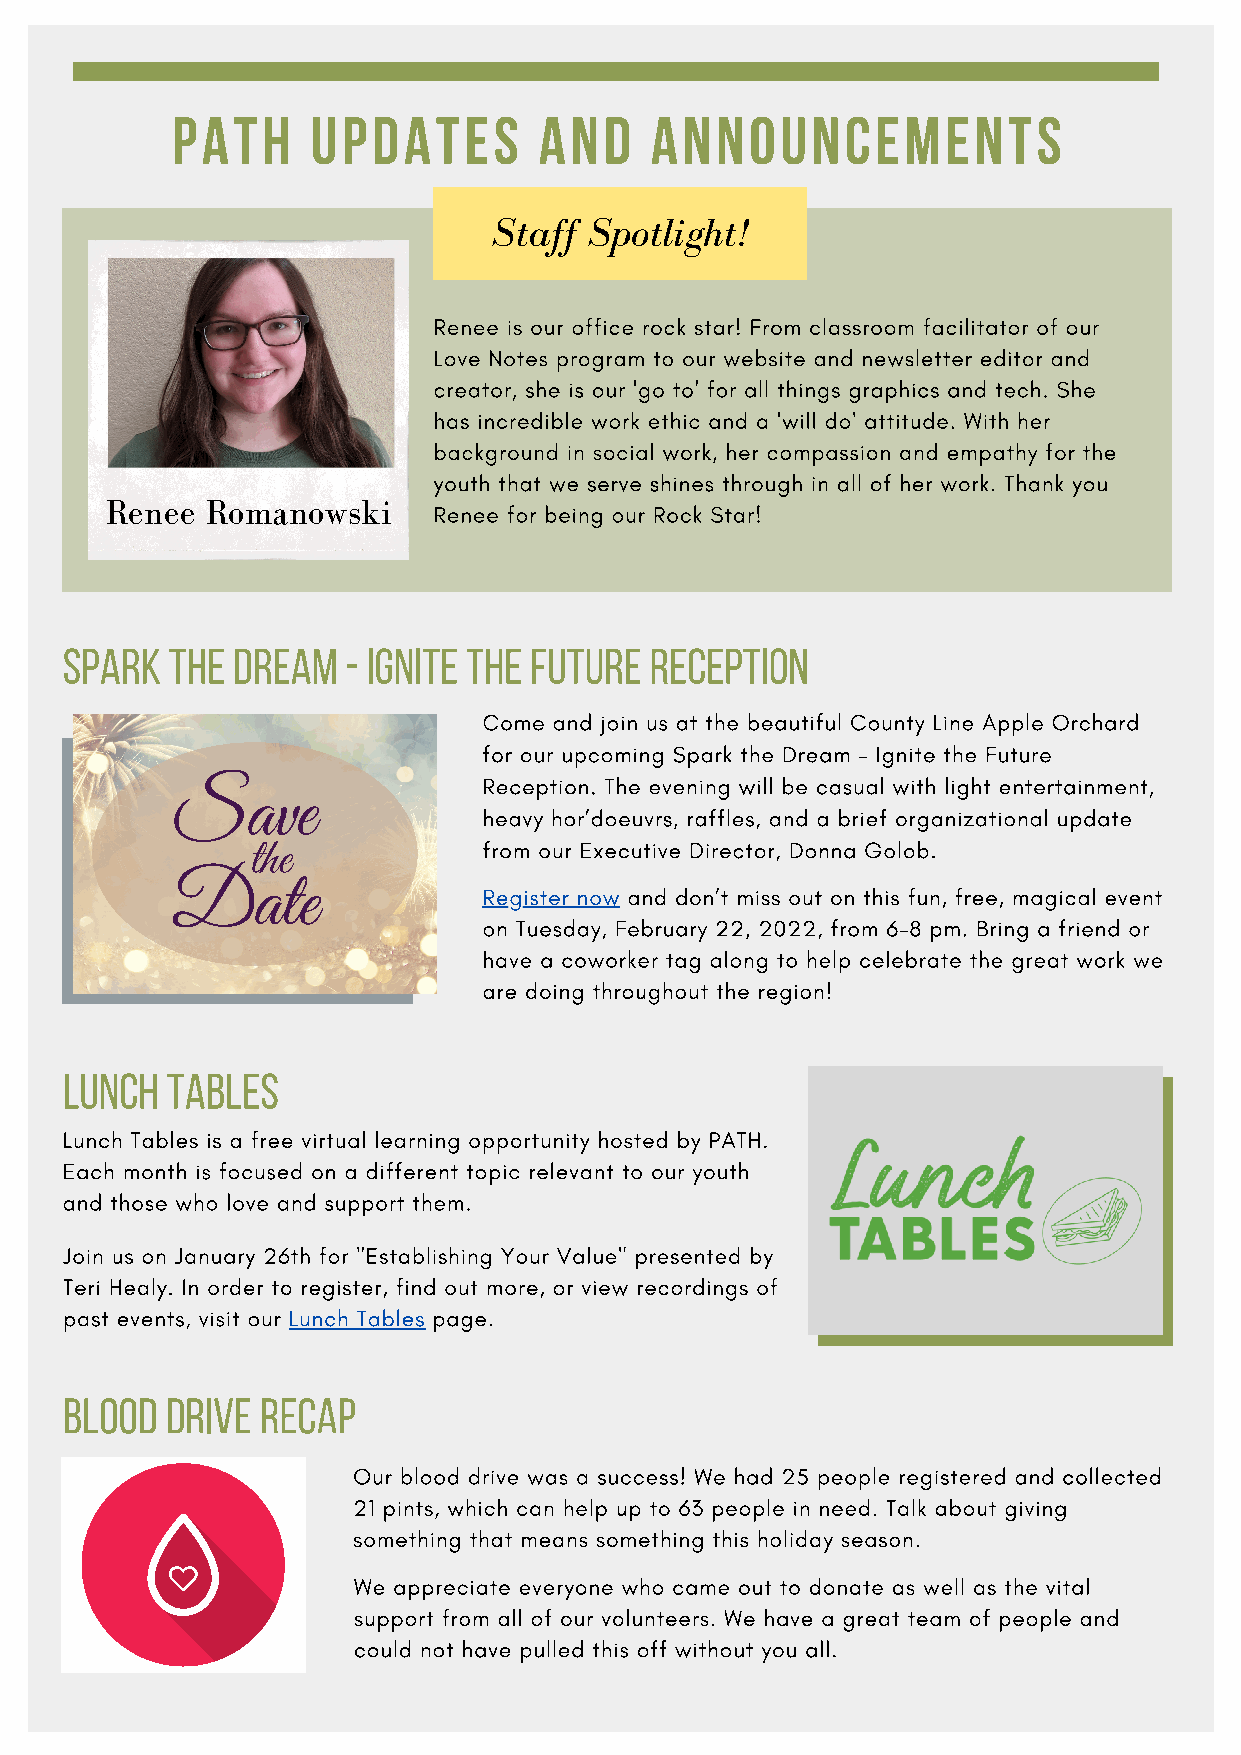
PATH      UPDATES        AND    ANNOUNCEMENTS
 Staff Spotlight!
 Renee is our office rock star! From classroom facilitator of our
 Love Notes program to our website and newsletter editor and
 creator, she is our 'go to' for all things graphics and tech. She
 has incredible work ethic and a 'will do' attitude. With her
 background in social work, her compassion and empathy for the
 youth that we serve shines through in all of her work. Thank you
 Renee  Romanowski     Renee for being our Rock Star!
 Spark  the dream   - ignite the future Reception
 Come and join us at the beautiful County Line Apple Orchard
 for our upcoming Spark the Dream – Ignite the Future
 Reception. The evening will be casual with light entertainment,
 Save
 heavy hor’doeuvrs, raffles, and a brief organizational update
 from our Executive Director, Donna Golob.
 the
 Date                 Register now and don’t miss out on this fun, free, magical event
 on Tuesday, February 22, 2022, from 6-8 pm. Bring a friend or
 have a coworker tag along to help celebrate the great work we
 are doing throughout the region!
 Lunch  Tables
 Lunch Tables is a free virtual learning opportunity hosted by PATH.
 Each month is focused on a different topic relevant to our youth
 and those who love and support them.
 Join us on January 26th for "Establishing Your Value" presented by
 Teri Healy. In order to register, find out more, or view recordings of
 past events, visit our Lunch Tables page.
 Blood  Drive Recap
 Our blood drive was a success! We had 25 people registered and collected
 21 pints, which can help up to 63 people in need. Talk about giving
 something that means something this holiday season.
 We appreciate everyone who came out to donate as well as the vital
 support from all of our volunteers. We have a great team of people and
 could not have pulled this off without you all.